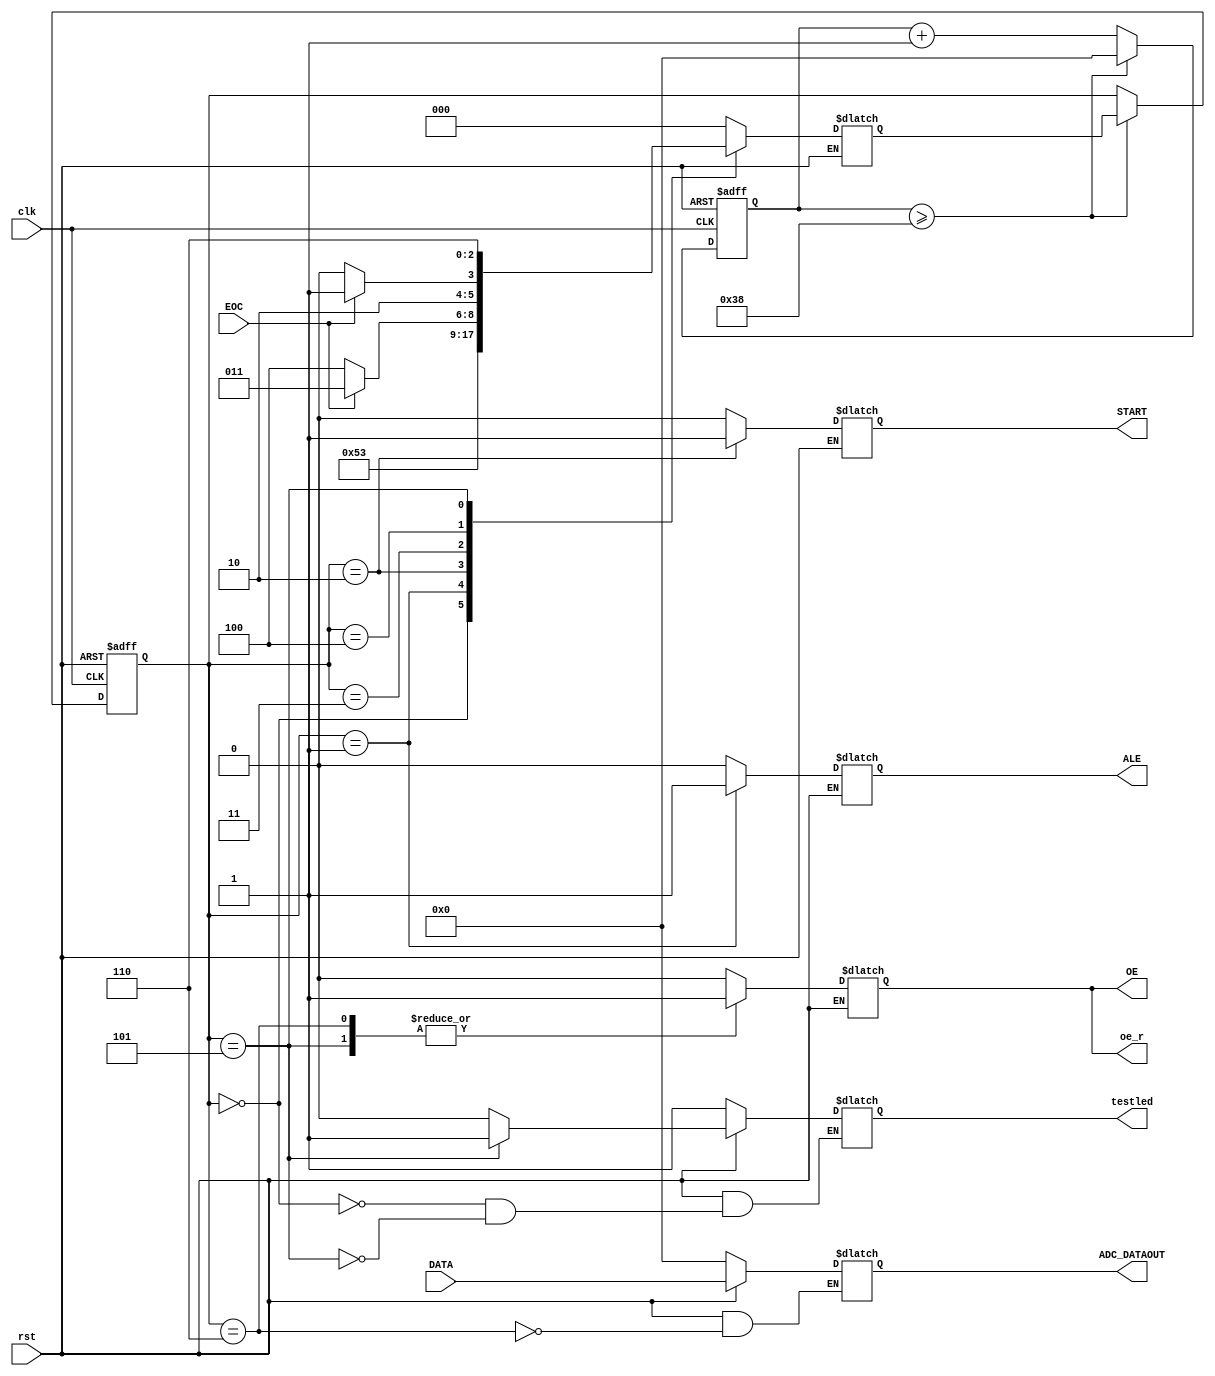
module kongzhi ( ALE,OE,DATA,EOC,clk,START,rst,ADC_DATAOUT,oe_r,testled );

input            EOC ;      // end of conversion ADC0809
input            clk ;        //
input            rst ;        // 
input    [7:0]    DATA ;     //ADC0809


output          ALE ; // address lock enable FPGAADC0809
output          OE ;                      //FPGAADC0809

output          START ;                  //ADC0809
output    [7:0]    ADC_DATAOUT ;
output    oe_r ;
output    testled;

parameter   st0 = 3'b000, //
            st1 = 3'b001,
            st2 = 3'b010,
            st3 = 3'b011,
            st4 = 3'b100,
            st5 = 3'b101,
            st6 = 3'b110;


reg    [2:0]    p_state = 3'b000  ;
reg    [7:0]    reg_adc; //ADC            
reg    [2:0]    n_state = 3'b000 ;            
reg             ale_r    ; // 
reg             start_r    ;  //   
reg             oe_r    ; // 
reg     [7:0]    prescaler ;//    
reg			     ledgreen = 1'b0;




always @ (posedge clk or negedge rst)
begin
	if ( rst== 1'b0 ) begin
		p_state <= st0    ;     //
        prescaler <= 8'b0  ;		//
    end
    else    begin 
        prescaler <= prescaler + 1'b1;
        if ( ( prescaler >= 8'b0011_1000)/* && ( rst == 1'b1 )*/ ) begin //8'b0100_0010
			prescaler <= 8'b0;
            p_state <= n_state;      //#1 
        end      
    end
end     


always @ ( EOC ,p_state ,rst ) //EOC end of conversion   EOCp_state
begin
	if ( rst== 1'b0 ) begin
	reg_adc = 8'b0;
	ledgreen	<= 1'b1;
	end
	else
	begin
	case ( p_state ) 
		st0 :begin   // 
            ale_r <= #1 1'b0;
             start_r <= #1 1'b0;
            oe_r <= #1 1'b0;
            n_state <=#1 st1;
				ledgreen	<= 1'b0;
        end 
        st1 :begin  // 
            ale_r <= #1 1'b1;
             start_r <= #1 1'b0;
            oe_r <= #1 1'b0;
            n_state <=#1 st2;  
        end
        st2 :begin   //
            ale_r <= #1 1'b0;
             start_r <= #1 1'b1;    
            oe_r <= #1 1'b0;
            n_state <=#1 st3; 
        end
        st3 :begin  // 
            ale_r <= #1 1'b0;
             start_r <= #1 1'b0;    
            oe_r <= #1 1'b0; 
            if ( EOC == 1'b1 ) //
                n_state <=#1 st3;  
            else
                n_state <=#1 st4; // 
            end      
        st4 :begin
             ale_r <= #1 1'b0;
             start_r <= #1 1'b0;    
            oe_r <= #1 1'b0; 
            if ( EOC == 1'b0 )
				    n_state <=#1 st4;  //
            else
				    n_state <=#1 st5;  //
        end      
        st5 :begin
             ale_r <= #1 1'b0;
             start_r <= #1 1'b0;    
            oe_r <= #1 1'b1;   //
				ledgreen	<= 1'b1;
            n_state <=#1 st6; 
        end     
        st6 :begin
             ale_r <= #1 1'b0;
             start_r <= #1 1'b0;    
            oe_r <= #1 1'b1; 
          //reg_adc <=#1 (DATA*(7'd100))/(6'd51); // 
				reg_adc <= DATA ; // 
			 //	data = DATA ;
            n_state <=#1 st0; //
        end    
        default :begin
             ale_r <= #1 1'b0; //OE 
             start_r <= #1 1'b0;    
            oe_r <= #1 1'b0; 
            n_state <=#1 st0; 
        end
	endcase
	end
        
end    

assign	ALE = ale_r    ;        
assign  OE = oe_r     ;
assign  START = start_r     ;
assign	testled = ledgreen; 
assign   ADC_DATAOUT = reg_adc;

endmodule